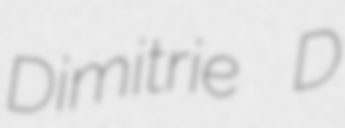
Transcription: Dimitrie D